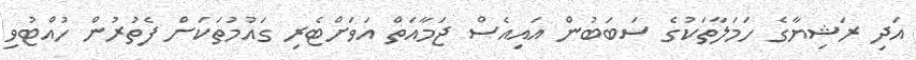
އަދި ރަޝިޔާގެ ހަމަލާތަކުގެ ސަބަބުން އައިއެސް ޖަމާއަތް އަވަށްޓެރި ގައުމުތަކަށް ފެތުރުން ހުއްޓުވި